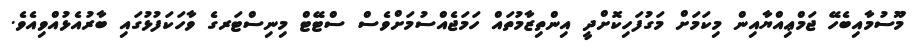
މޫސުމާއިބެހޭ ޖަމްޢިއްޔާއިން މިކަމަށް މަގުފަހިކޮށްދީ އިންތިޒާމުތައް ހަމަޖެއްސުމަށްވެސް ސްޓޭޓް މިނިސްޓަރގެ ވާހަކަފުޅުގައި ބާރުއެޅުއްވިއެވެ.